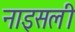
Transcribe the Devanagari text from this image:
नाइसली